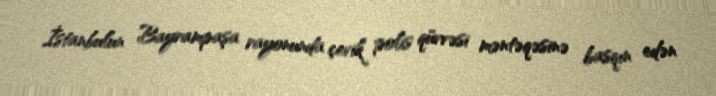
İstanbulun Bayrampaşa rayonunda çevik polis qüvvəsi məntəqəsinə basqın edən